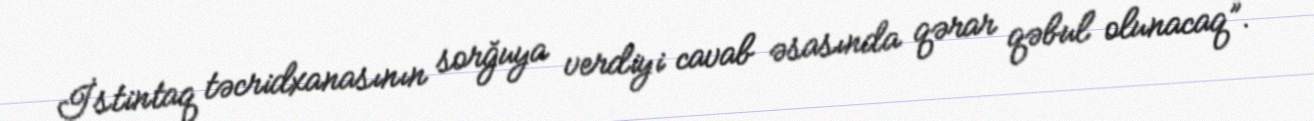
İstintaq təcridxanasının sorğuya verdiyi cavab əsasında qərar qəbul olunacaq”.